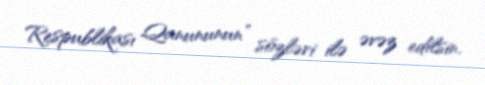
Respublikası Qanununun” sözləri ilə əvəz edilsin.